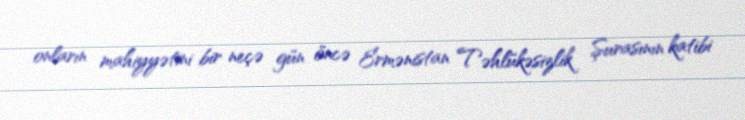
onların mahiyyətini bir neçə gün öncə Ermənistan Təhlükəsizlik Şurasının katibi